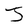
Character: J